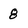
Character: 8